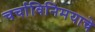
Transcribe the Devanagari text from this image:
चर्चाविनिमयाचे